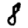
Digit: 8